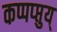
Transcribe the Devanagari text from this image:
कप्पप्प्तुय्